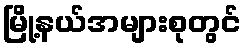
မြို့နယ်အများစုတွင်